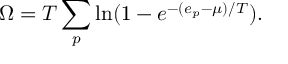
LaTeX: \Omega = T \sum _ { p } \ln ( 1 - e ^ { - ( e _ { p } - \mu ) / T } ) .